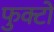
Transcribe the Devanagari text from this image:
फुक्टो